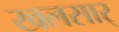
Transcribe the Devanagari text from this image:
खलसार्